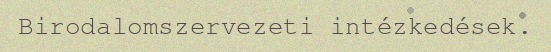
Birodalomszervezeti intézkedések.